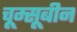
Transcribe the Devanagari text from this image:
चूम्सूबीन